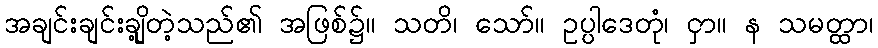
အချင်းချင်းချို့တဲ့သည်၏ အဖြစ်၌။ သတိ၊ သော်။ ဥပ္ပါဒေတုံ၊ ငှာ။ န သမတ္ထာ၊